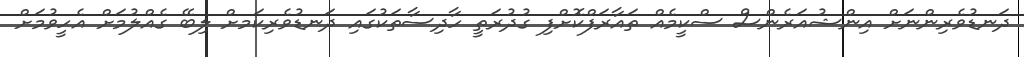
ދަނޑުވެރިންނަށް އިންޝުއަރެންސް ސްކީމެއް ތައާރަފްކޮށްފި ގުދުރަތީ ހާދިސާތަކުގައި ދަނޑުވެރިކަމށް ލިބޭ ގެއްލުމަށް އެހީވުމަށް